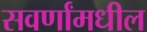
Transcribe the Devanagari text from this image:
सवर्णांमधील